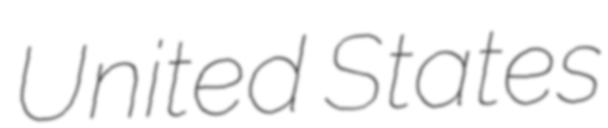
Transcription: United States